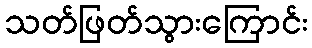
သတ်ဖြတ်သွားကြောင်း